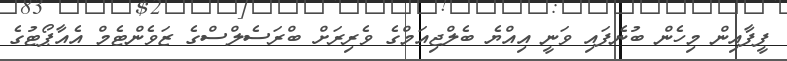
ފީފާއިން މިހެން ބުނެފައި ވަނީ އިއްޔެ ބެލްޖިއަމްގެ ވެރިރަށް ބްރަސެލްސްގެ ޒަވެންޓެމް އެއާޕޯޓުގެ